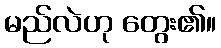
မည်လဲဟု တွေး၏။